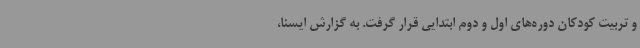
و تربیت کودکان دوره‌های اول و دوم ابتدایی قرار گرفت. به گزارش ایسنا،